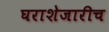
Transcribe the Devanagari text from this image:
घराशेजारीच